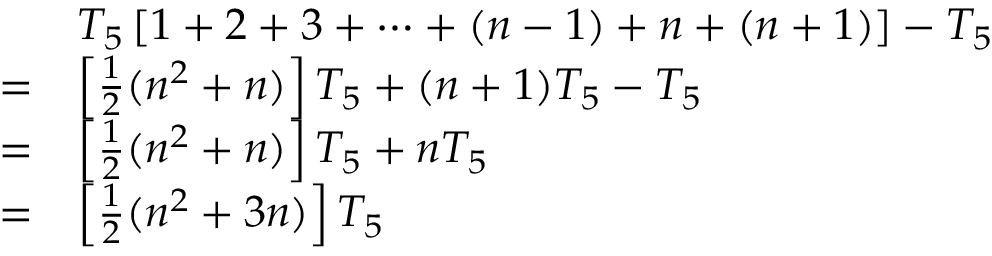
{ \begin{array} { r l } & { T _ { 5 } \left[ 1 + 2 + 3 + \cdots + ( n - 1 ) + n + ( n + 1 ) \right] - T _ { 5 } } \\ { = } & { \left[ { \frac { 1 } { 2 } } ( n ^ { 2 } + n ) \right] T _ { 5 } + ( n + 1 ) T _ { 5 } - T _ { 5 } } \\ { = } & { \left[ { \frac { 1 } { 2 } } ( n ^ { 2 } + n ) \right] T _ { 5 } + n T _ { 5 } } \\ { = } & { \left[ { \frac { 1 } { 2 } } ( n ^ { 2 } + 3 n ) \right] T _ { 5 } } \end{array} }